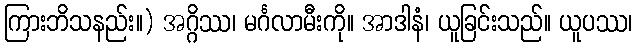
ကြားဘိသနည်း။) အဂ္ဂိဿ၊ မင်္ဂလာမီးကို။ အာဒါနံ၊ ယူခြင်းသည်။ ယူပဿ၊